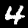
Label: 4